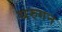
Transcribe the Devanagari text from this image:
थरुगन